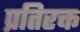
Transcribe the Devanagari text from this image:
प्रतिरक्त